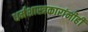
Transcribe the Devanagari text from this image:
धर्मशास्त्रकारांनीही